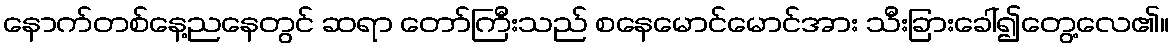
နောက်တစ်နေ့ညနေတွင် ဆရာ တော်ကြီးသည် စနေမောင်မောင်အား သီးခြားခေါ်၍တွေ့လေ၏။